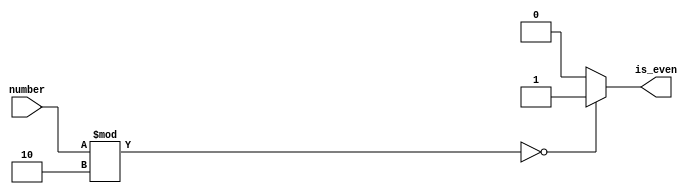
// Code your design here
module odd_even_checker (
    input wire [7:0] number,
    output reg is_even
);

// Logic to check if the number is even or odd
always @(*)
begin
    if (number % 2 == 0) // Check if the number is divisible by 2
        is_even = 1;     // Set is_even to 1 if the number is even
    else
        is_even = 0;     // Set is_even to 0 if the number is odd
end

endmodule